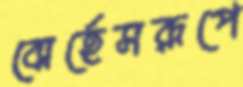
বোর্হেসরূপে